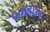
પાઈલોટના